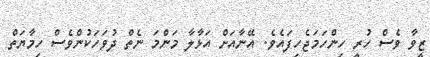
ޒީވާ ވެސް ހުރީ ހިންހަމަޖެހިފައެވެ. އޭނާއަށް އަޅާލާ މަންމަ ނެތް ދުވަހަކުންވެސް ހިމާޔަތް